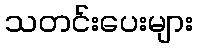
သတင်းပေးများ